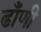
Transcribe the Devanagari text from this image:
ढाँणी